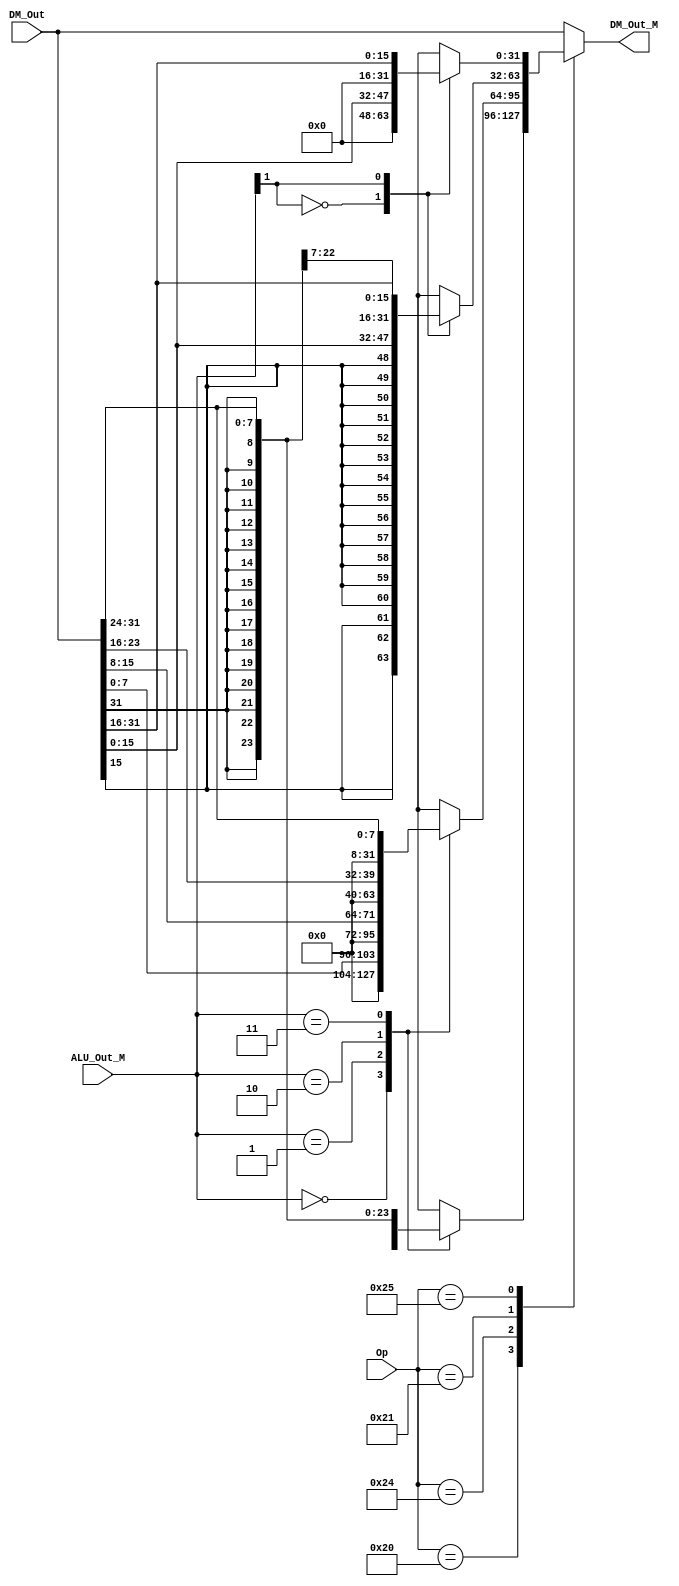
`timescale 1ns / 1ps
//////////////////////////////////////////////////////////////////////////////////
// Company: 
// Engineer: 
// 
// Design Name: 
// Module Name:    dmext 
// Project Name: 
// Target Devices: 
// Tool versions: 
// Description: 
//
// Dependencies: 
//
// Revision: 
// Revision 0.01 - File Created
// Additional Comments: 
//
//////////////////////////////////////////////////////////////////////////////////
module dmext(
    input [31:0] DM_Out,
    input [31:26] Op,
    input [1:0] ALU_Out_M,
    output reg [31:0] DM_Out_M
    );
  always@(*) begin
	case(Op)
	 6'b100000 : case(ALU_Out_M)		// LB
						2'b00 : DM_Out_M <= {{24{DM_Out[7]}} ,DM_Out[7:0]};
						2'b01 : DM_Out_M <= {{24{DM_Out[15]}},DM_Out[15:8]};
						2'b10 : DM_Out_M <= {{24{DM_Out[23]}},DM_Out[23:16]};
						2'b11 : DM_Out_M <= {{24{DM_Out[31]}},DM_Out[31:24]};
					 endcase
	 6'b100100 : case(ALU_Out_M)		// LBU
						2'b00 : DM_Out_M <= {{24'b0},DM_Out[7:0]};
						2'b01 : DM_Out_M <= {{24'b0},DM_Out[15:8]};
						2'b10 : DM_Out_M <= {{24'b0},DM_Out[23:16]};
						2'b11 : DM_Out_M <= {{24'b0},DM_Out[31:24]};
					 endcase
	 6'b100001 : case(ALU_Out_M[1]) // LH
	               1'b0 : DM_Out_M <= {{24{DM_Out[15]}},DM_Out[15:0]};
						1'b1 : DM_Out_M <= {{24{DM_Out[31]}},DM_Out[31:16]};
					 endcase
	 6'b100101 : case(ALU_Out_M[1])	// LHU
	               1'b0 : DM_Out_M <= {24'b0,DM_Out[15:0]};
						1'b1 : DM_Out_M <= {24'b0,DM_Out[31:16]};
					 endcase
	 default :  DM_Out_M <= DM_Out;
	endcase
  end
endmodule